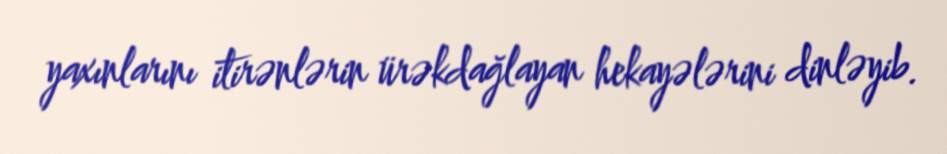
yaxınlarını itirənlərin ürəkdağlayan hekayələrini dinləyib.